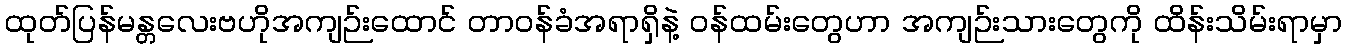
ထုတ်ပြန်မန္တလေးဗဟိုအကျဉ်းထောင် တာဝန်ခံအရာရှိနဲ့ ဝန်ထမ်းတွေဟာ အကျဉ်းသားတွေကို ထိန်းသိမ်းရာမှာ